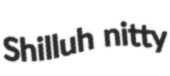
Shilluh nitty